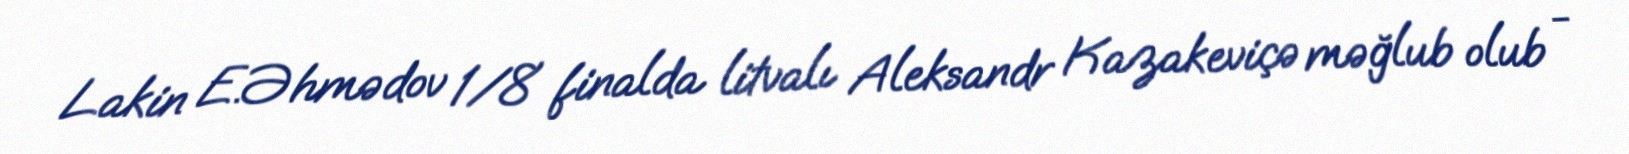
Lakin E.Əhmədov 1/8 finalda litvalı Aleksandr Kazakeviçə məğlub olub -